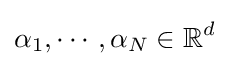
\alpha _{1},\cdots ,\alpha _{N}\in \mathbb {R} ^{d}